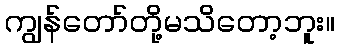
ကျွန်တော်တို့မသိတော့ဘူး။